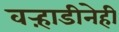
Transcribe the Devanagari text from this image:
वऱ्हाडीनेही